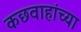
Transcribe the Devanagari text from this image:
कछवाहांच्या